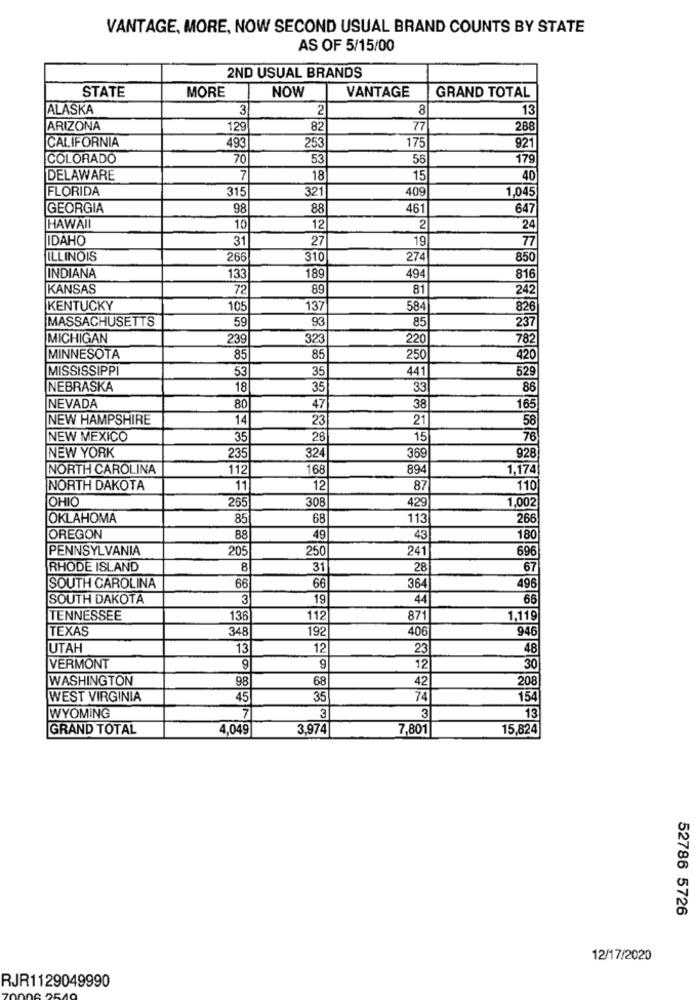
VANTAGE, MORE, NOW SECOND USUAL BRAND COUNTS BY STATE
AS OF 5/15/00
2ND USUAL BRANDS
STATE
MORE
NOW
VANTAGE
GRAND TOTAL
ALASKA
3
2
8
13
ARIZONA
129
82
77
288
CALIFORNIA
25€
175
493
921
COLORADO
70
53
56
179
DELAWARE
7
18
15
40
FLORIDA
315
321
409
1,045
GEORGIA
98
88
461
647
HAWAII
10
12
2
24
IDAHO
31
27
19
77
ILLINOIS
266
310
274
850
494
INDIANA
133
189
816
KANSAS
72
89
81
242
KENTUCKY
105
137
584
826
MASSACHUSETTS
59
93
85
237
MICHIGAN
239
32
220
782
MINNESOTA
85
85
250
420
MISSISSIPPI
53
35
441
529
NEBRASKA
18
35
33
86
NEVADA
80
47
38
165
NEW HAMPSHIRE
14
23
21
58
NEW MEXICO
35
26
15
76
235
324
369
928
NEW YORK
NORTH CAROLINA
112
168
894
1,174
NORTH DAKOTA
11
12
87
110
OHIO
265
308
429
1,002
OKLAHOMA
85
68
113
266
OREGON
88
49
43
180
PENNSYLVANIA
205
250
241
696
RHODE ISLAND
31
28
67
496
SOUTH CAROLINA
66
66
364
SOUTH DAKOTA
3
19
44
66
TENNESSEE
136
112
871
1,119
TEXAS
348
192
406
946
UTAH
13
12
23
48
VERMONT
9
9
12
30
WASHINGTON
98
68
42
208
WEST VIRGINIA
45
35
74
154
7
3
3
13
WYOMING
GRAND TOTAL
4,049
3,974
7,801
15,824
52786 5726
12/17/2020
RJR1129049990